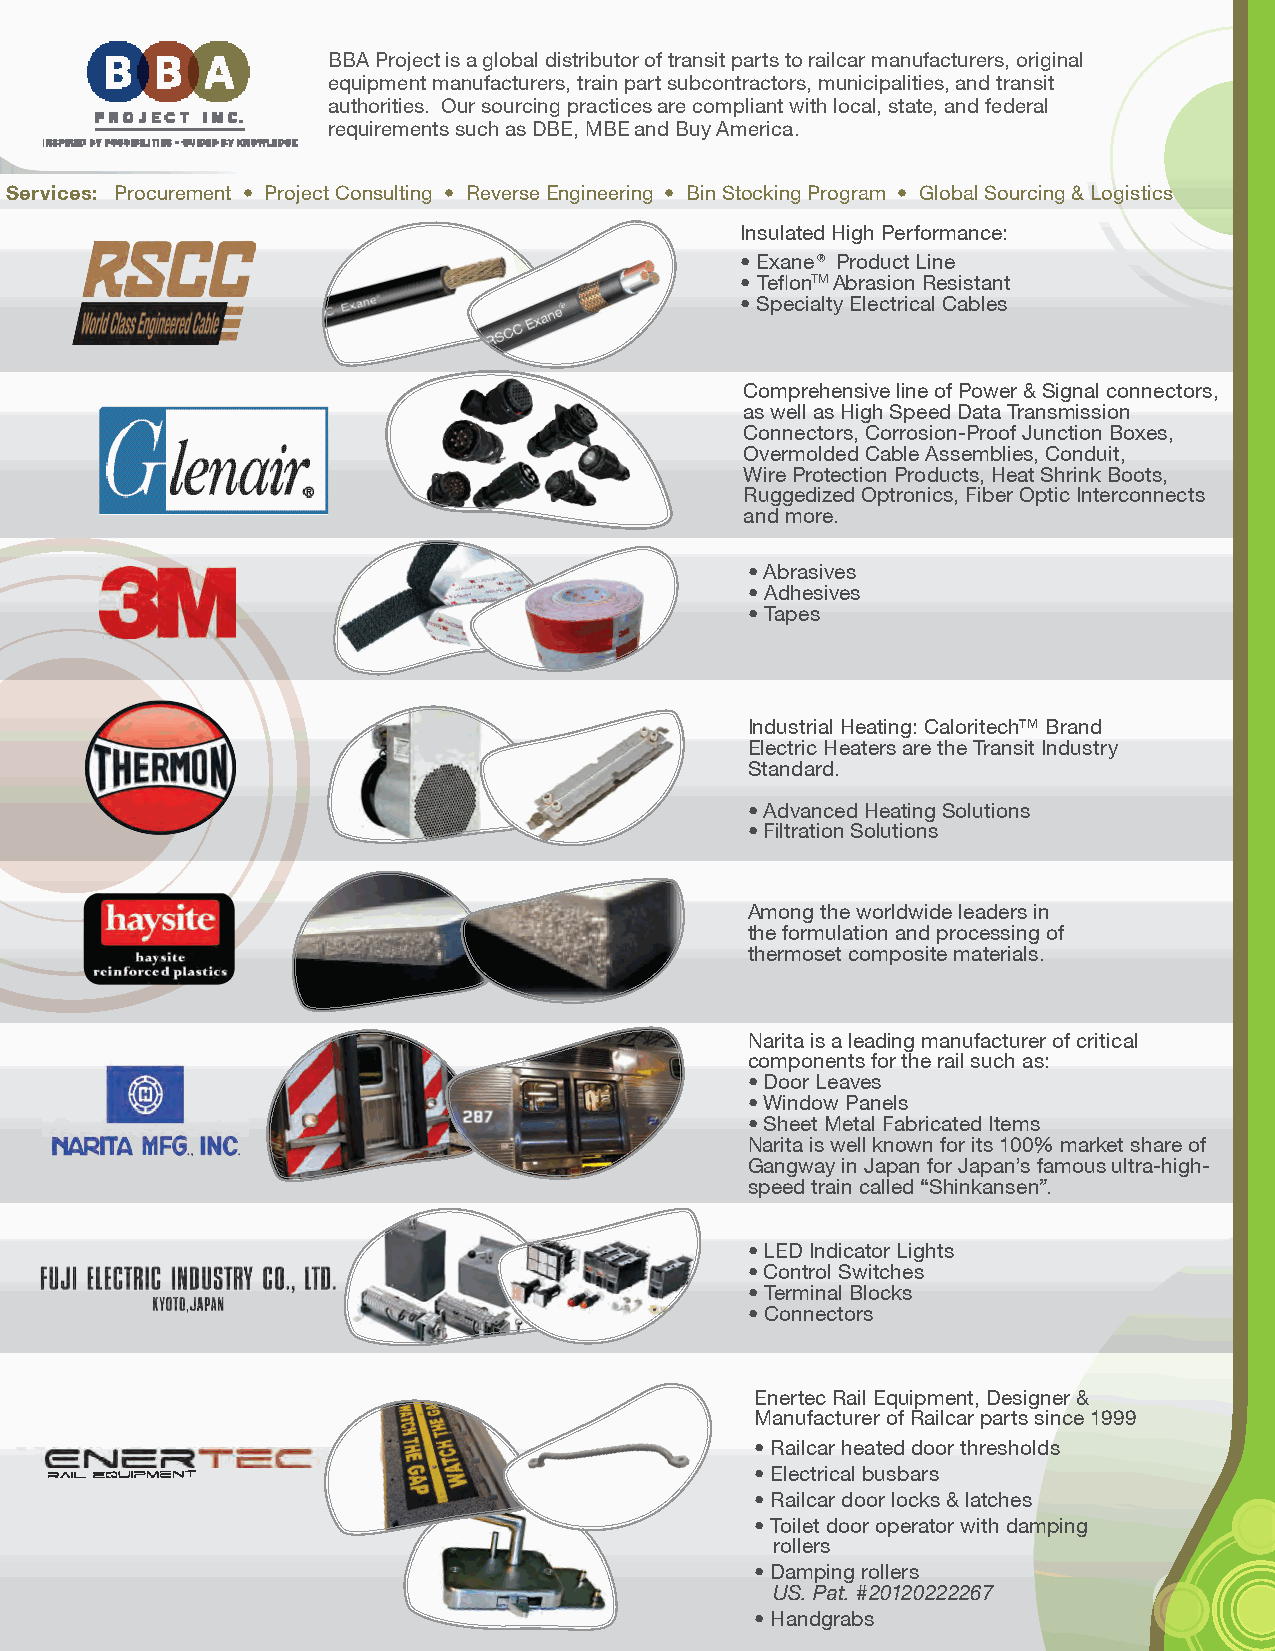
BBA Project is a global distributor of transit parts to railcar manufacturers, original
 equipment manufacturers, train part subcontractors, municipalities, and transit
 authorities. Our sourcing practices are compliant with local, state, and federal
 requirements such as DBE, MBE and Buy America.
 Services: Procurement • Project Consulting • Reverse Engineering • Bin Stocking Program • Global Sourcing & Logistics
 Insulated High Performance:
 • Exane® Product Line
 • TeflonTM Abrasion Resistant
 • Specialty Electrical Cables
 Comprehensive line of Power & Signal connectors,
 as well as High Speed Data Transmission
 Connectors, Corrosion-Proof Junction Boxes,
 Overmolded Cable Assemblies, Conduit,
 Wire Protection Products, Heat Shrink Boots,
 Ruggedized Optronics, Fiber Optic Interconnects
 and more.
 • Abrasives
 • Adhesives
 • Tapes
 Industrial Heating: Caloritech™ Brand
 Electric Heaters are the Transit Industry
 Standard.
 • Advanced Heating Solutions
 • Filtration Solutions
 Among the worldwide leaders in
 the formulation and processing of
 thermoset composite materials.
 Narita is a leading manufacturer of critical
 components for the rail such as:
 • Door Leaves
 • Window Panels
 • Sheet Metal Fabricated Items
 Narita is well known for its 100% market share of
 Gangway in Japan for Japan’s famous ultra-high-
 speed train called “Shinkansen”.
 • LED Indicator Lights
 • Control Switches
 • Terminal Blocks
 • Connectors
 Enertec Rail Equipment, Designer &
 Manufacturer of Railcar parts since 1999
 • Railcar heated door thresholds
 • Electrical busbars
 • Railcar door locks & latches
 • Toilet door operator with damping
 rollers
 • Damping rollers
 US. Pat. #20120222267
 • Handgrabs